Vaccination report Assam 1874-1896 - 1874-1896
Year: 1874
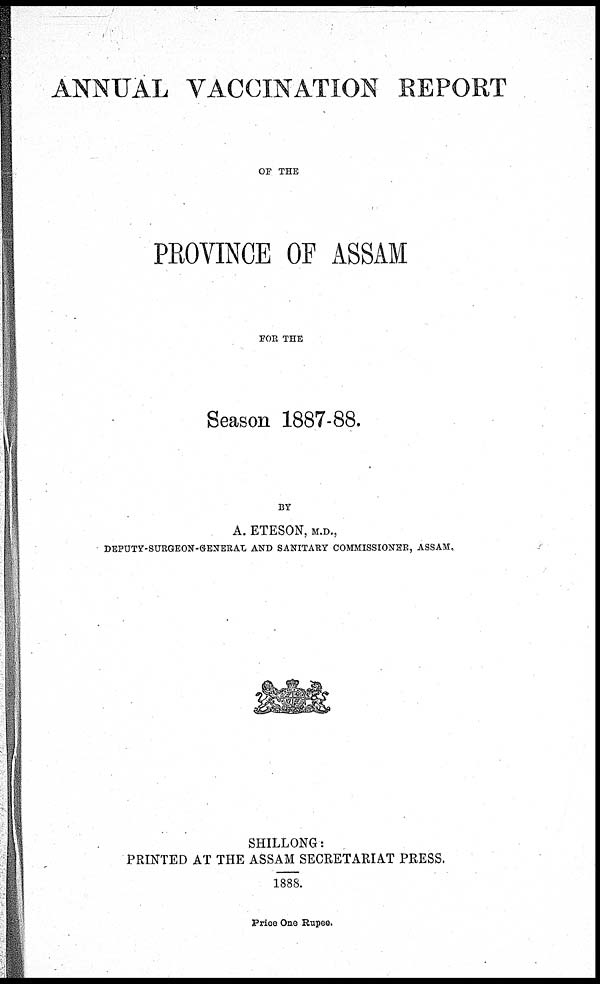
ANNUAL VACCINATION REPORT
OF THE
PROVINCE OF ASSAM
FOR THE
Season 1887-88.
BY
A. ETESON, M.D.,
DEPUTY-SURGEON-GENERAL AND SANITARY COMMISSIONER, ASSAM,
SHILLONG:
PRINTED AT THE ASSAM SECRETARIAT PRESS.
1888.
Price One Rupee.